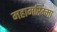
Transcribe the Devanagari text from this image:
महामरिम्मा